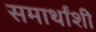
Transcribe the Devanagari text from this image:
समार्थांशी